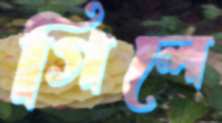
গিলে